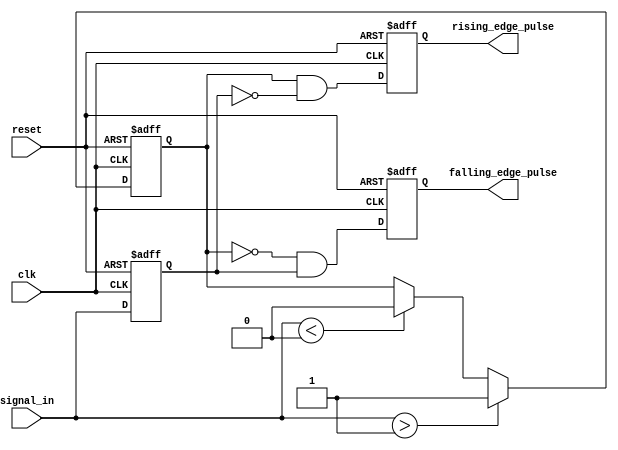
module schmitt_trigger_edge_detector (
    input wire clk,               // Clock signal
    input wire reset,             // Asynchronous reset signal
    input wire signal_in,         // Input signal to be monitored
    output reg rising_edge_pulse, // Output pulse for rising edge
    output reg falling_edge_pulse // Output pulse for falling edge
);

    // Parameters for Schmitt Trigger thresholds
    parameter THRESHOLD_H = 1'b1; // High threshold
    parameter THRESHOLD_L = 1'b0; // Low threshold

    // Internal signals
    reg signal_in_d;              // Delayed version of input signal
    reg signal_state;             // Current state of the input signal

    // Schmitt Trigger logic
    always @(posedge clk or posedge reset) begin
        if (reset) begin
            signal_state <= THRESHOLD_L; // Initialize state to low
            signal_in_d <= THRESHOLD_L;   // Initialize delayed signal
            rising_edge_pulse <= 1'b0;    // Initialize rising edge pulse
            falling_edge_pulse <= 1'b0;   // Initialize falling edge pulse
        end else begin
            // Update delayed signal
            signal_in_d <= signal_in;

            // Update current state based on Schmitt Trigger logic
            if (signal_in > THRESHOLD_H) begin
                signal_state <= THRESHOLD_H; // Set state to high
            end else if (signal_in < THRESHOLD_L) begin
                signal_state <= THRESHOLD_L; // Set state to low
            end

            // Edge detection logic
            rising_edge_pulse <= (signal_state == THRESHOLD_H && signal_in_d == THRESHOLD_L);
            falling_edge_pulse <= (signal_state == THRESHOLD_L && signal_in_d == THRESHOLD_H);
        end
    end

endmodule